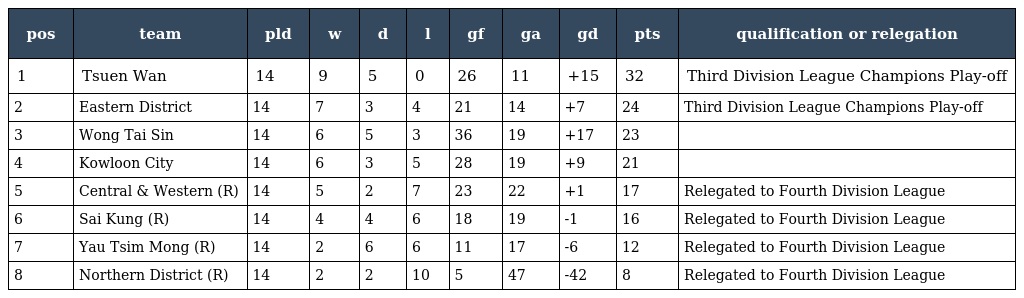
| pos | team | pld | w | d | l | gf | ga | gd | pts | qualification or relegation |
 | --- | --- | --- | --- | --- | --- | --- | --- | --- | --- | --- |
 | 1 | Tsuen Wan | 14 | 9 | 5 | 0 | 26 | 11 | +15 | 32 | Third Division League Champions Play-off |
 | 2 | Eastern District | 14 | 7 | 3 | 4 | 21 | 14 | +7 | 24 | Third Division League Champions Play-off |
 | 3 | Wong Tai Sin | 14 | 6 | 5 | 3 | 36 | 19 | +17 | 23 |  |
 | 4 | Kowloon City | 14 | 6 | 3 | 5 | 28 | 19 | +9 | 21 |  |
 | 5 | Central & Western (R) | 14 | 5 | 2 | 7 | 23 | 22 | +1 | 17 | Relegated to Fourth Division League |
 | 6 | Sai Kung (R) | 14 | 4 | 4 | 6 | 18 | 19 | -1 | 16 | Relegated to Fourth Division League |
 | 7 | Yau Tsim Mong (R) | 14 | 2 | 6 | 6 | 11 | 17 | -6 | 12 | Relegated to Fourth Division League |
 | 8 | Northern District (R) | 14 | 2 | 2 | 10 | 5 | 47 | -42 | 8 | Relegated to Fourth Division League |